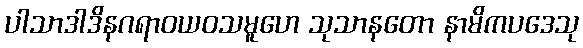
ပါသာဒါဒိနဂရာဝယဝသမူဟေ သုသာနတော နာမိကပဒေသု